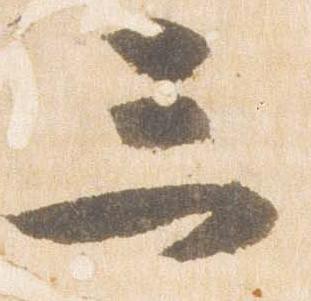
三